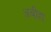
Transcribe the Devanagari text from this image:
अबीहा